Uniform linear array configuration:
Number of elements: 64
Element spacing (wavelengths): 0.75
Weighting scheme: cosine
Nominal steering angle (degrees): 15
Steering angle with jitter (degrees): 16.628
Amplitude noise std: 0.05
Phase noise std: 0.05

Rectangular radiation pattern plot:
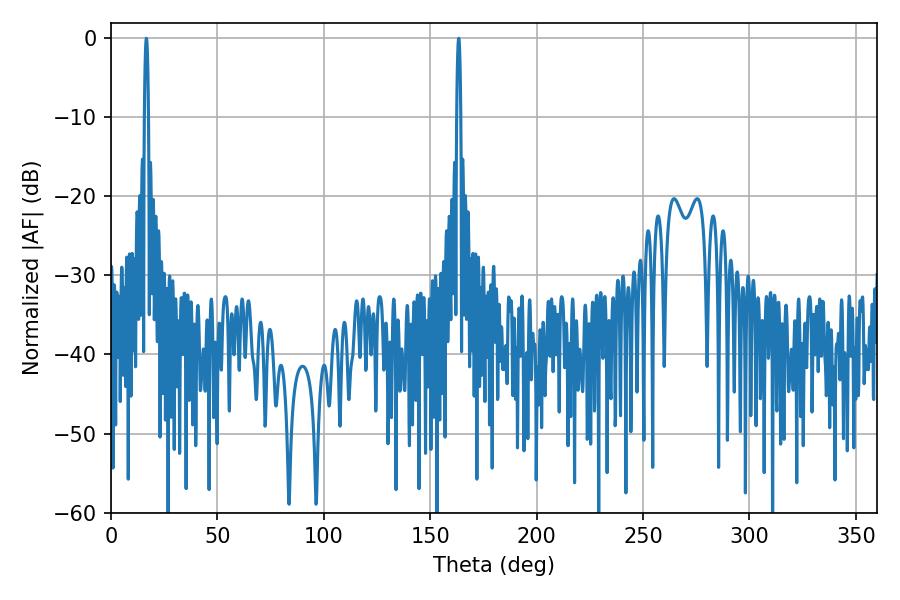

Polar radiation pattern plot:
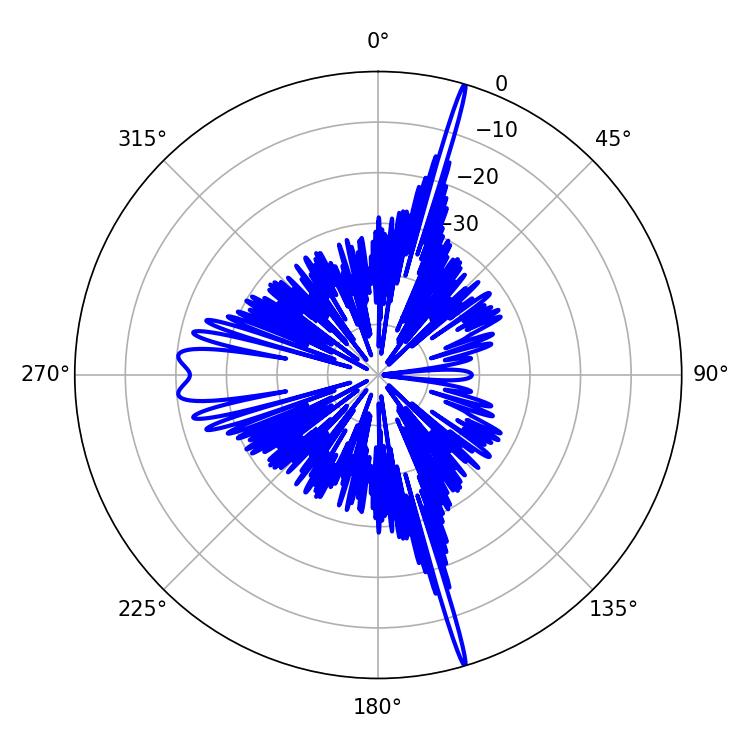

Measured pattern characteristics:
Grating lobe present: TRUE
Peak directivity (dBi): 23.224
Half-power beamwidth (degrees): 0.9
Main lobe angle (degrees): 16.56